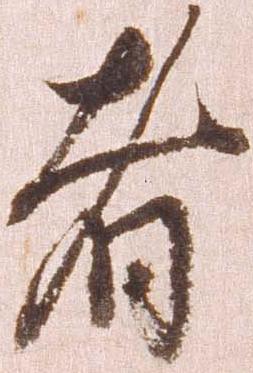
者